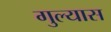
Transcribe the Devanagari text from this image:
गुल्यास